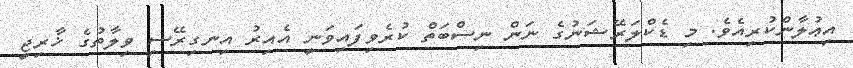
އިޢުލާންކުރިއެވެ. މި ޑެކްލަރޭޝަނުގެ ނަން ނިސްބަތް ކުރެވިފައިވަނީ އެއިރު އިނގިރޭސި ވިލާތުގެ ޚާރިޖީ